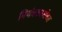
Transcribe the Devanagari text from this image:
नियंत्रकासोबत